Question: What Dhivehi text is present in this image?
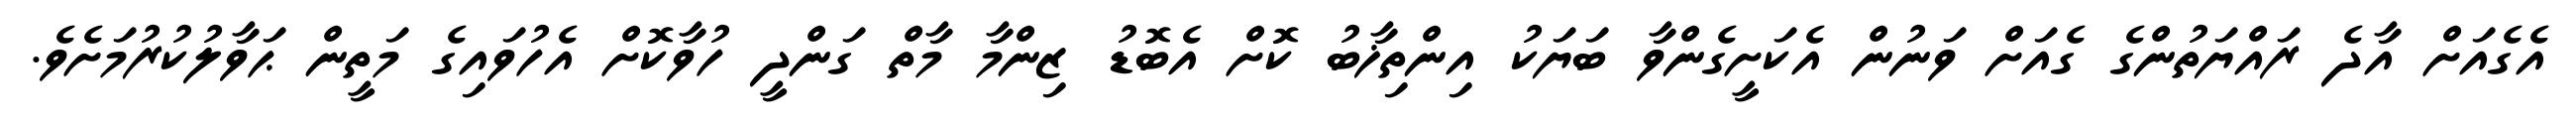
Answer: އެގެއަށް އާދެ ރައްޔަތުންގެ ގެއަށް ވަނުން އެކަށީގެންވާ ބަޔަކު އިންތިޚާބު ކޮށް އެބޮޑު ޒިންމާ މާތް ގަންދީ ހުވާކޮށް އެހުވައިގެ މަތީން ޙަވާލުކުރުމަށެވެ.